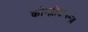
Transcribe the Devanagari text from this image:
कोम्प्लीकेशन्ज़